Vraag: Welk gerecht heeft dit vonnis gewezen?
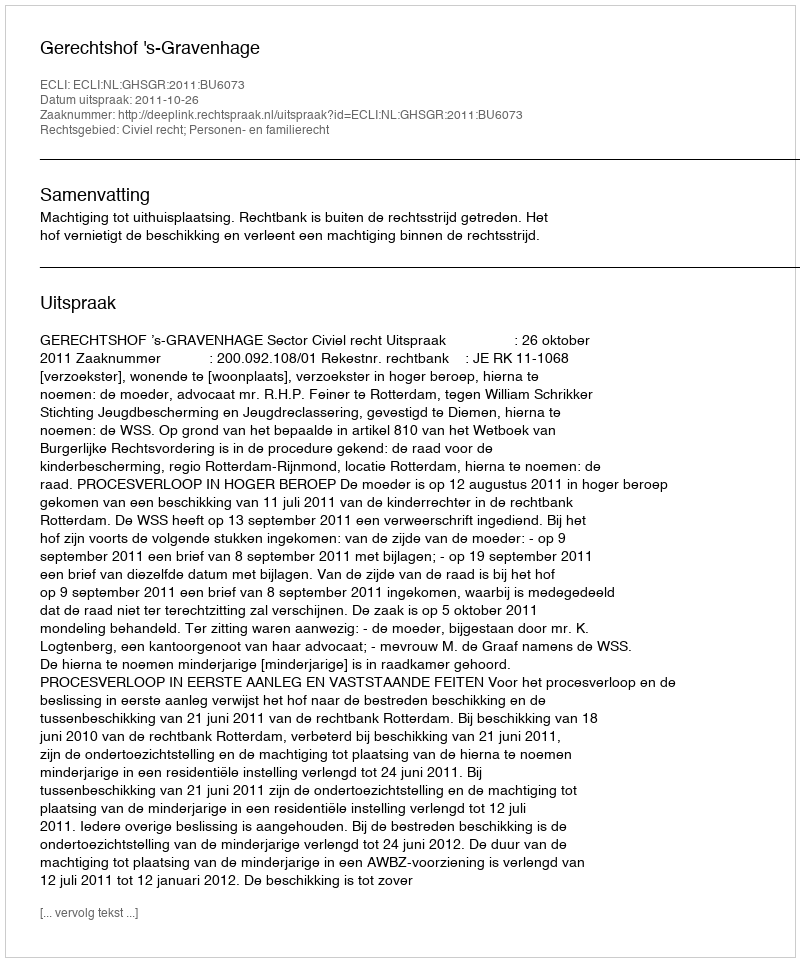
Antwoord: Gerechtshof 's-Gravenhage